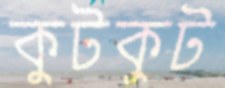
কুটকুট